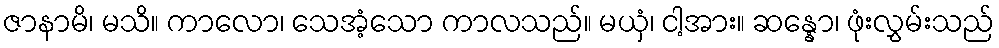
ဇာနာမိ၊ မသိ။ ကာလော၊ သေအံ့သော ကာလသည်။ မယှံ၊ ငါ့အား။ ဆန္နော၊ ဖုံးလွှမ်းသည်